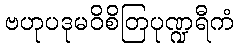
ဗဟုပဒုမဝိစိတြပုဏ္ဍရီကံ